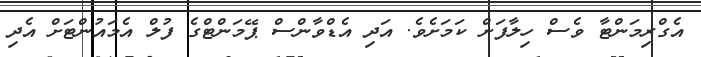
އެގްރިމަންޓާ ވެސް ހިލާފަށް ކަމަށެވެ. އަދި އެޑްވާންސް ޕޭމަންޓްގެ ފުލް އެމައުންޓަށް އެދި